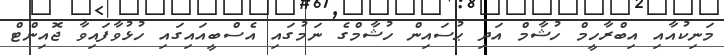
މަނިކުއާއި އިބްރާހީމް ހުޝާމް އަދި ޙުސައިން ހުޝާމްގެ ނަމުގައި އެސްބީއައިގައި ހުޅުވާފައިވާ ޖޮއިންޓް